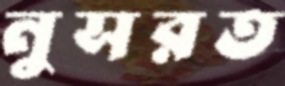
নুসরত